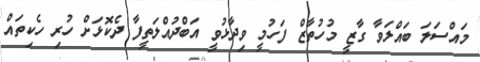
މައްސަލަ ބައްލަވާ ގާޒީ މުހުތާޒް ފަހުމީ ވިދާޅުވީ އަބްދުއްލަތީފާ ދެކޮޅަށް ހުރި ހެކިތައް